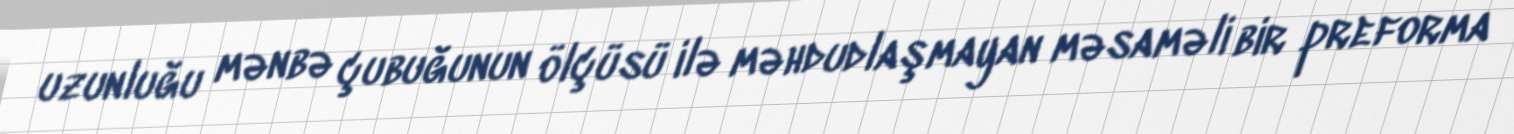
uzunluğu mənbə çubuğunun ölçüsü ilə məhdudlaşmayan məsaməli bir preforma